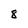
Character: 8